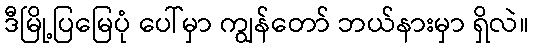
ဒီမြို့ပြမြေပုံ ပေါ်မှာ ကျွန်တော် ဘယ်နားမှာ ရှိလဲ။